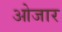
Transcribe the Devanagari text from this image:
ओजार